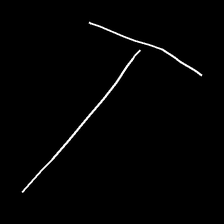
Glyph: column